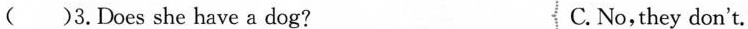
()3.Does she have a dog? C. No,they don't.